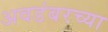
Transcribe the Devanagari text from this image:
अवडंबरच्या